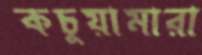
কচুয়ামারা